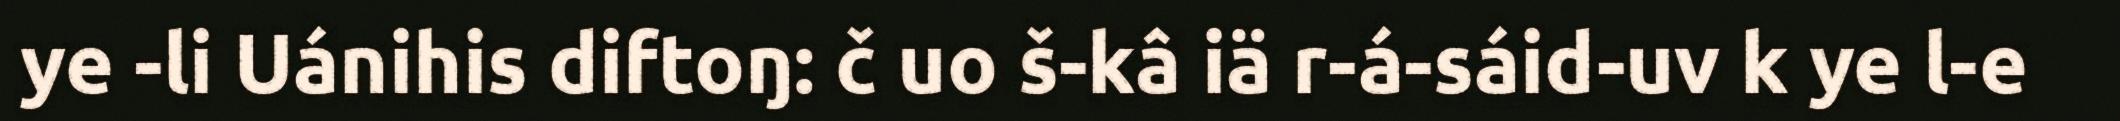
ye -li Uánihis diftoŋ: č uo š-kâ iä r-á-sáid-uv k ye l-e